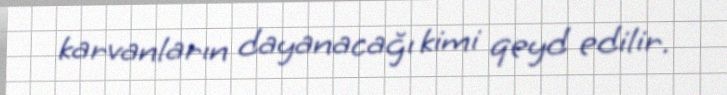
karvanların dayanacağı kimi qeyd edilir.